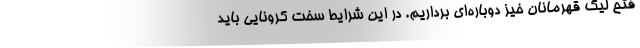
فتح لیگ قهرمانان خیز دوباره‌ای برداریم. در این شرایط سخت کرونایی باید